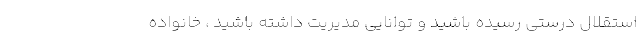
استقلال درستی رسیده باشید و توانایی مدیریت داشته باشید ، خانواده